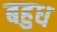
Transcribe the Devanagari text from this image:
बहुध